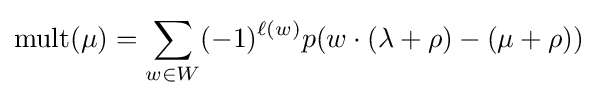
\mathrm {mult} (\mu )=\sum _{w\in W}(-1)^{\ell (w)}p(w\cdot (\lambda +\rho )-(\mu +\rho ))